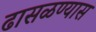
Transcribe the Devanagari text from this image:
ढासळण्यास